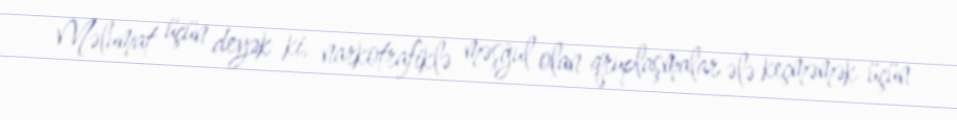
Məlumat üçün deyək ki, narkotrafiklə məşğul olan qruplaşmalar ələ keçməmək üçün